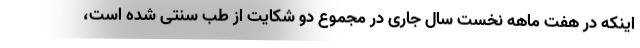
اینکه در هفت ماهه نخست سال جاری در مجموع دو شکایت از طب سنتی شده است،